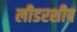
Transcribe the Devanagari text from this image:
लीडरशीप